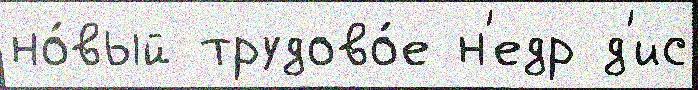
но́вый трудово́е н'едр д'ис